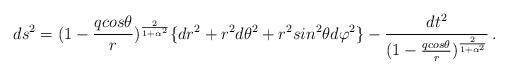
LaTeX: \begin{align*}ds^{2} = (1 - {qcos\theta\over r})^{2\over 1 + \alpha^{2}}\lbrace dr^2+r^2d\theta^2+r^2sin^2\theta d\varphi^2\rbrace -{dt^2\over (1 - {qcos\theta\over r})^{2\over 1 + \alpha^{2}}}\, .\end{align*}